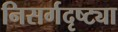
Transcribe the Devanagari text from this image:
निसर्गदृष्ट्या